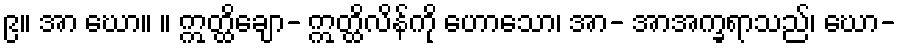
၉။ အာ ဃော။ ။ ဣတ္ထိချော- ဣတ္ထိလိန်ကို ဟောသော၊ အာ- အာအက္ခရာသည်၊ ဃော-